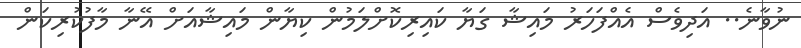
ނުވާނެ.. އަދިވެސް އެއްފަހަރު މައިޝާ ގަޔާ ކައިރިކޮށްލަމުން ކިޔާން މައިޝާއަށް އޭނާ މާފުކުރިކަން